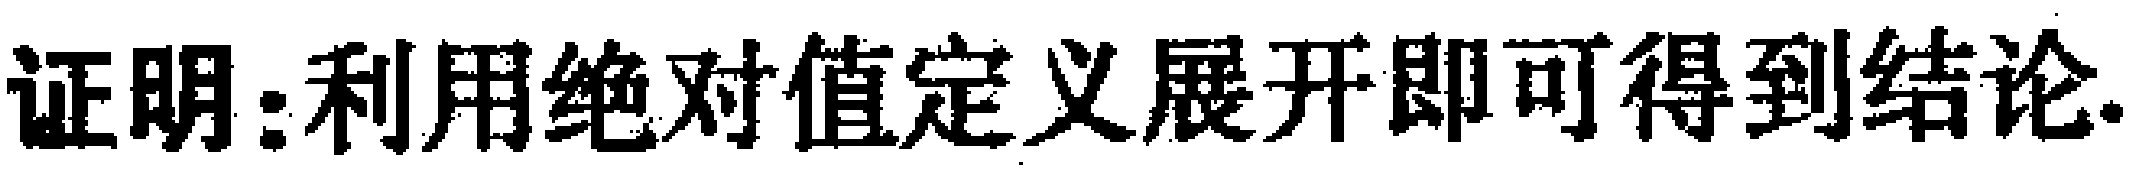
证明：利用绝对值定义展开即可得到结论.